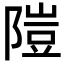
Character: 隑